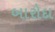
બારોદા